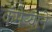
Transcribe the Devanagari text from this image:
कॅमेऱ्याने